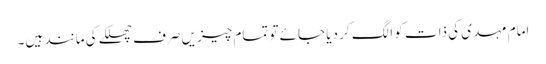
امام مہدی کی ذات کو الگ کر دیا جائے تو تمام چیزیں صرف چھلکے کی مانند ہیں۔